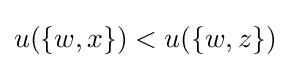
u(\{w,x\})<u(\{w,z\})